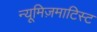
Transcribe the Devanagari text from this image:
न्यूमिज़माटिस्ट